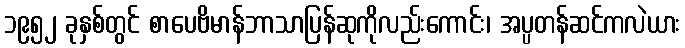
၁၉၅၂ ခုနှစ်တွင် စာပေဗိမာန်ဘာသာပြန်ဆုကိုလည်းကောင်း၊ အပ္ပတန်ဆင်ကလဲယား